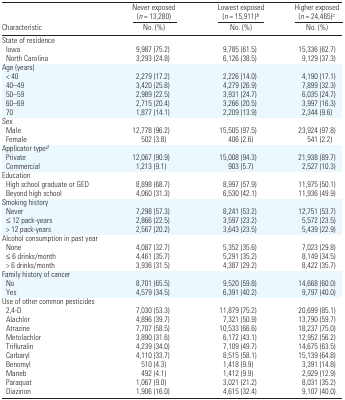
<table><thead><tr><td></td><td><b>Never exposed (<i>n</i> = 13,280)</b></td><td><b>Never exposed (<i>n</i> = 15,911)<i><sup>b</sup></i></b></td><td><b>Higher exposed (<i>n</i> = 24,465)<i><sup>c</sup></i></b></td></tr><tr><td><b>Characteristic</b></td><td><b>No. (%)</b></td><td><b>No. (%)</b></td><td><b>No. (%)</b></td></tr></thead><tbody><tr><td colspan="4">State of residence</td></tr><tr><td> Iowa</td><td>9,987 (75.2)</td><td>9,785 (61.5)</td><td>15,336 (62.7)</td></tr><tr><td> North Carolina</td><td>3,293 (24.8)</td><td>6,126 (38.5)</td><td>9,129 (37.3)</td></tr><tr><td colspan="4">Age (years)</td></tr><tr><td> &lt; 40</td><td>2,279 (17.2)</td><td>2,226 (14.0)</td><td>4,190 (17.1)</td></tr><tr><td> 40–49</td><td>3,420 (25.8)</td><td>4,279 (26.9)</td><td>7,899 (32.3)</td></tr><tr><td> 50–59</td><td>2,989 (22.5)</td><td>3,931 (24.7)</td><td>6,035 (24.7)</td></tr><tr><td> 60–69</td><td>2,715 (20.4)</td><td>3,266 (20.5)</td><td>3,997 (16.3)</td></tr><tr><td> 70</td><td>1,877 (14.1)</td><td>2,209 (13.9)</td><td>2,344 (9.6)</td></tr><tr><td colspan="4">Sex</td></tr><tr><td> Male</td><td>12,778 (96.2)</td><td>15,505 (97.5)</td><td>23,924 (97.8)</td></tr><tr><td> Female</td><td>502 (3.8)</td><td>406 (2.6)</td><td>541 (2.2)</td></tr><tr><td colspan="4">Applicator type<i><sup>d</sup></i></td></tr><tr><td> Private</td><td>12,067 (90.9)</td><td>15,008 (94.3)</td><td>21,938 (89.7)</td></tr><tr><td> Commercial</td><td>1,213 (9.1)</td><td>903 (5.7)</td><td>2,527 (10.3)</td></tr><tr><td colspan="4">Education</td></tr><tr><td> High school graduate or GED</td><td>8,898 (68.7)</td><td>8,997 (57.9)</td><td>11,975 (50.1)</td></tr><tr><td> Beyond high school</td><td>4,060 (31.3)</td><td>6,530 (42.1)</td><td>11,936 (49.9)</td></tr><tr><td colspan="4">Smoking history</td></tr><tr><td> Never</td><td>7,298 (57.3)</td><td>8,241 (53.2)</td><td>12,751 (53.7)</td></tr><tr><td> ≤ 12 pack-years</td><td>2,866 (22.5)</td><td>3,597 (23.2)</td><td>5,572 (23.5)</td></tr><tr><td> &gt; 12 pack-years</td><td>2,567 (20.2)</td><td>3,643 (23.5)</td><td>5,439 (22.9)</td></tr><tr><td colspan="4">Alcohol consumption in past year</td></tr><tr><td> None</td><td>4,087 (32.7)</td><td>5,352 (35.6)</td><td>7,023 (29.8)</td></tr><tr><td> ≤ 6 drinks/month</td><td>4,461 (35.7)</td><td>5,291 (35.2)</td><td>8,149 (34.5)</td></tr><tr><td> &gt; 6 drinks/month</td><td>3,936 (31.5)</td><td>4,387 (29.2)</td><td>8,422 (35.7)</td></tr><tr><td colspan="4">Family history of cancer</td></tr><tr><td> No</td><td>8,701 (65.5)</td><td>9,520 (59.8)</td><td>14,668 (60.0)</td></tr><tr><td> Yes</td><td>4,579 (34.5)</td><td>6,391 (40.2)</td><td>9,797 (40.0)</td></tr><tr><td colspan="4">Use of other common pesticides</td></tr><tr><td> 2,4-D</td><td>7,030 (53.3)</td><td>11,879 (75.2)</td><td>20,699 (85.1)</td></tr><tr><td> Alachlor</td><td>4,896 (39.7)</td><td>7,321 (50.9)</td><td>13,790 (59.7)</td></tr><tr><td> Atrazine</td><td>7,707 (58.5)</td><td>10,533 (66.6)</td><td>18,237 (75.0)</td></tr><tr><td> Metolachlor</td><td>3,890 (31.6)</td><td>6,172 (43.1)</td><td>12,952 (56.2)</td></tr><tr><td> Trifluralin</td><td>4,239 (34.0)</td><td>7,109 (49.7)</td><td>14,675 (63.5)</td></tr><tr><td> Carbaryl</td><td>4,110 (33.7)</td><td>8,515 (58.1)</td><td>15,139 (64.8)</td></tr><tr><td> Benomyl</td><td>510 (4.3)</td><td>1,418 (9.9)</td><td>3,391 (14.8)</td></tr><tr><td> Maneb</td><td>492 (4.1)</td><td>1,412 (9.9)</td><td>2,929 (12.9)</td></tr><tr><td> Paraquat</td><td>1,067 (9.0)</td><td>3,021 (21.2)</td><td>8,031 (35.2)</td></tr><tr><td> Diazinon</td><td>1,906 (16.0)</td><td>4,615 (32.4)</td><td>9,107 (40.0)</td></tr></tbody></table>